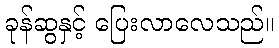
ခုန်ဆွနှင့် ပြေးလာလေသည်။